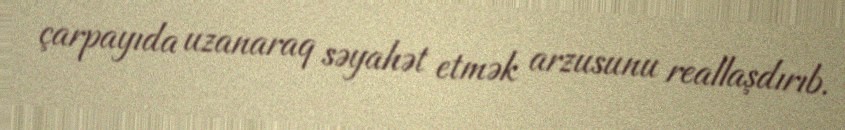
çarpayıda uzanaraq səyahət etmək arzusunu reallaşdırıb.